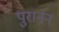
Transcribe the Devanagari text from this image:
पुरानन